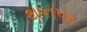
થાનપર